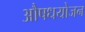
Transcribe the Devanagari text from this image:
औषधयोजन